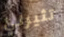
تثيرني